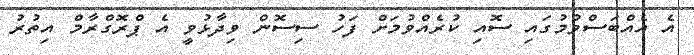
އެ އެއްބަސްވުމުގައި ސޮއި ކުރެއްވުމަށް ފަހު ސިސޮން ވިދާޅުވީ އެ ޕްރޮގްރާމް އިތުރު